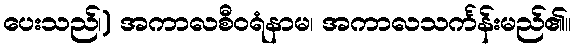
ပေးသည်၊) အကာလစီဝရံနာမ၊ အကာလသင်္ကန်းမည်၏။